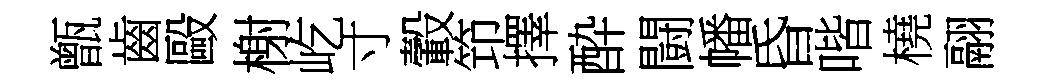
甑齒毆榭屹寸轂笻擇酔闘幡昏喈橈翮